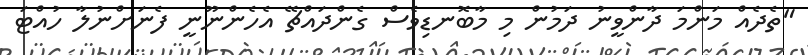
"ތެދެއް މަންމަ ދާންވީނު ދަމުން މި މާބޮނޑިވެސް ގެންދައްޗޭ އެހެންނޫނީ ފެނަށްނުލާ ހުއްޓަ